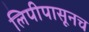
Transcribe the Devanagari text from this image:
लिपीपासूनच